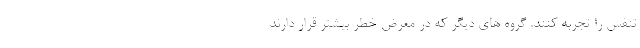
تنفس را تجربه کنند. گروه های دیگر که در معرض خطر بیشتر قرار دارند